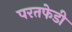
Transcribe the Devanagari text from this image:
परतफेडी